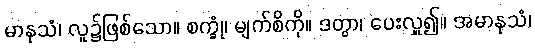
မာနုသံ၊ လူ၌ဖြစ်သော။ စက္ခုံ၊ မျက်စိကို။ ဒတွာ၊ ပေးလှူ၍။ အမာနုသံ၊